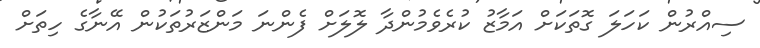
ސިއްރުން ކަހަލަ ގޮތަކަށް އަމާޒު ކުރެވެމުންދާ ލޮލަށް ފެންނަ މަންޒަރުތަކުން އޭނާގެ ހިތަށް